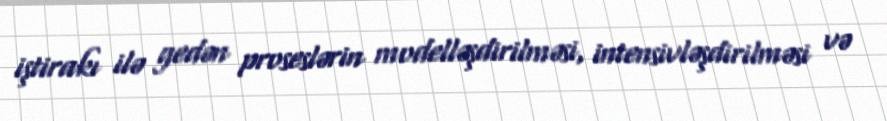
iştirakı ilə gedən proseslərin modelləşdirilməsi, intensivləşdirilməsi və